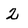
Character: 2